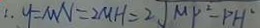
\therefore y = M N = 2 M H = 2 \sqrt { M P ^ { 2 } - P H ^ { 2 } }